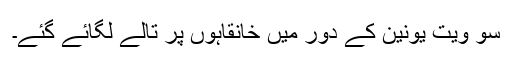
سو ویت یونین کے دور میں خانقاہوں پر تالے لگائے گئے۔